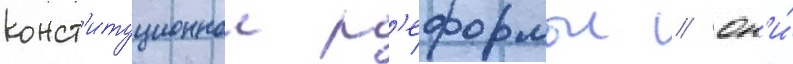
конст'итуционнои р'еформои // Он'и́